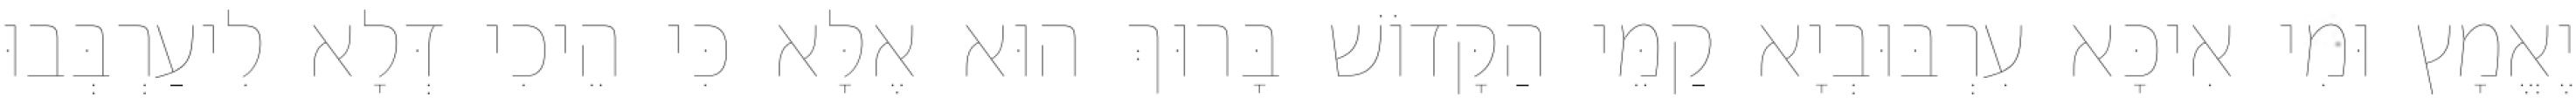
יֶאֱמָץ וּמִי אִיכָּא עִרְבּוּבְיָא קַמֵּי הַקָּדוֹשׁ בָּרוּךְ הוּא אֶלָּא כִּי הֵיכִי דְּלָא לִיעַרְבְּבוּ